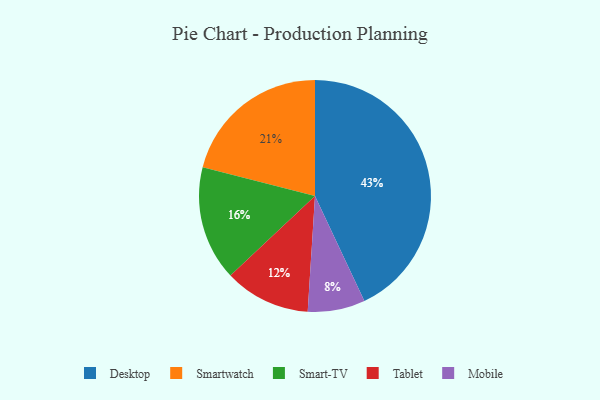
{"axis": {"x": "Category", "y": "Percentage"}, "legend": ["Desktop", "Mobile", "Smart-TV", "Smartwatch", "Tablet"], "data": [{"x": "Desktop", "y": 43, "type": "Desktop"}, {"x": "Smart-TV", "y": 16, "type": "Smart-TV"}, {"x": "Mobile", "y": 8, "type": "Mobile"}, {"x": "Tablet", "y": 12, "type": "Tablet"}, {"x": "Smartwatch", "y": 21, "type": "Smartwatch"}]}